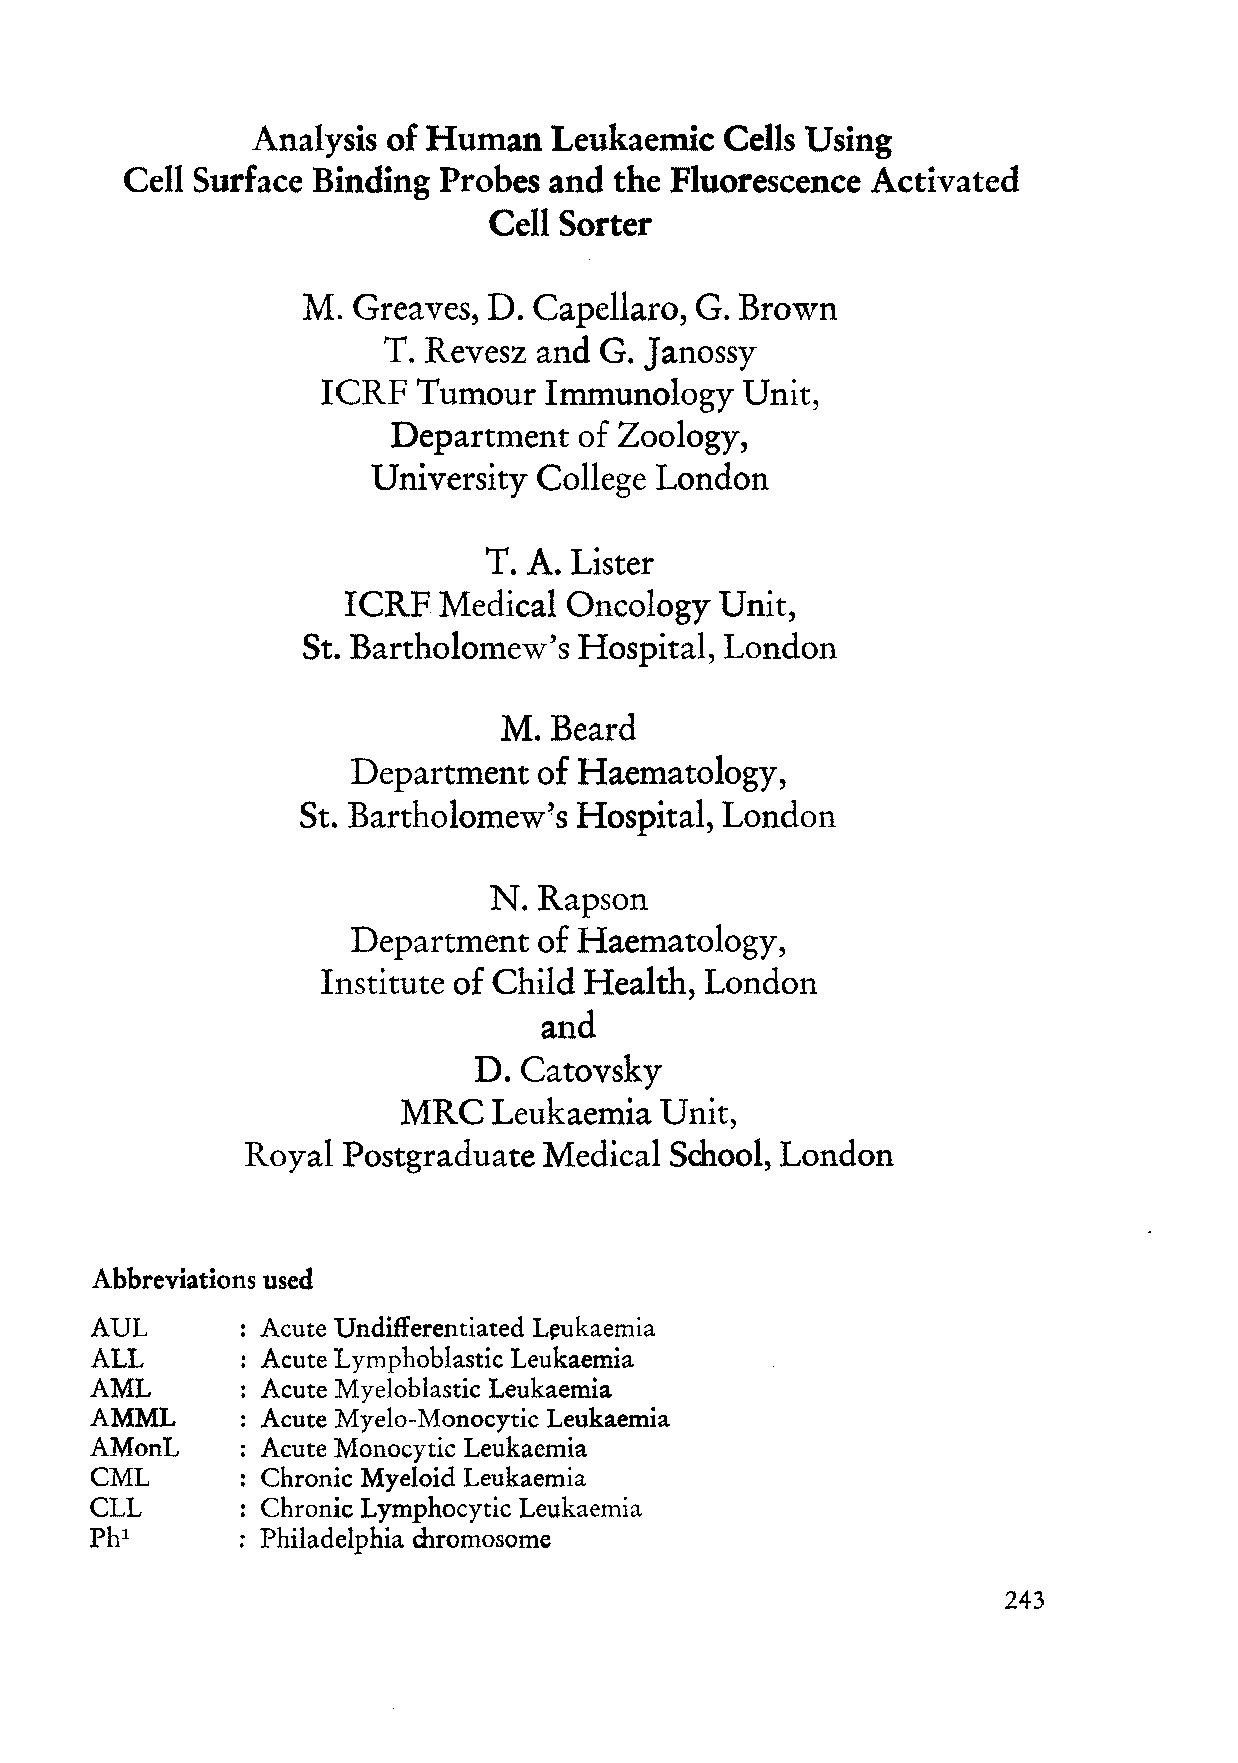
Analysis of Human   Leukaemic  Cells Using
 Cell Surface Binding Probes and  the Fluorescence Activated
 Cell Sorter
 M. Greaves, D. Capellaro, G. Brown
 J
 T. Revesz and G.  anossy
 ICRF   Tumour  Immunology   Unit,
 Department  of Zoology,
 University College London
 T. A. Lister
 ICRF  Medical  Oncology  Unit,
 St. Bartholomew's Hospital, London
 M.  Beard
 Department   of Haematology,
 St. Bartholomew!?s Hospital, London
 N. Rapson
 Department   of Haematology,
 Institute of Child Health, London
 and
 D. Catovsky
 MRC   Leukaemia  Unit,
 Royal  Postgraduate Medical School, London
 Abbreviations used
 AUL       : Acute Undifferentiated L~ukaemia
 ALL       : Acute Lymphoblastic Leukaemia
 AML       : Acute Myeloblastic Leukaemia
 AMML      : Acute Myelo-Monocytic Leukaemia
 AMonL     : Acute Monocytic Leukaemia
 CML       : Chronic Myeloid Leukaemia
 CLL       : Chronic L ymphocytic Leukaemia
 Phi       : Philadelphia chromosome
 243